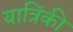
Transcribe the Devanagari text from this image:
यात्रिंकी